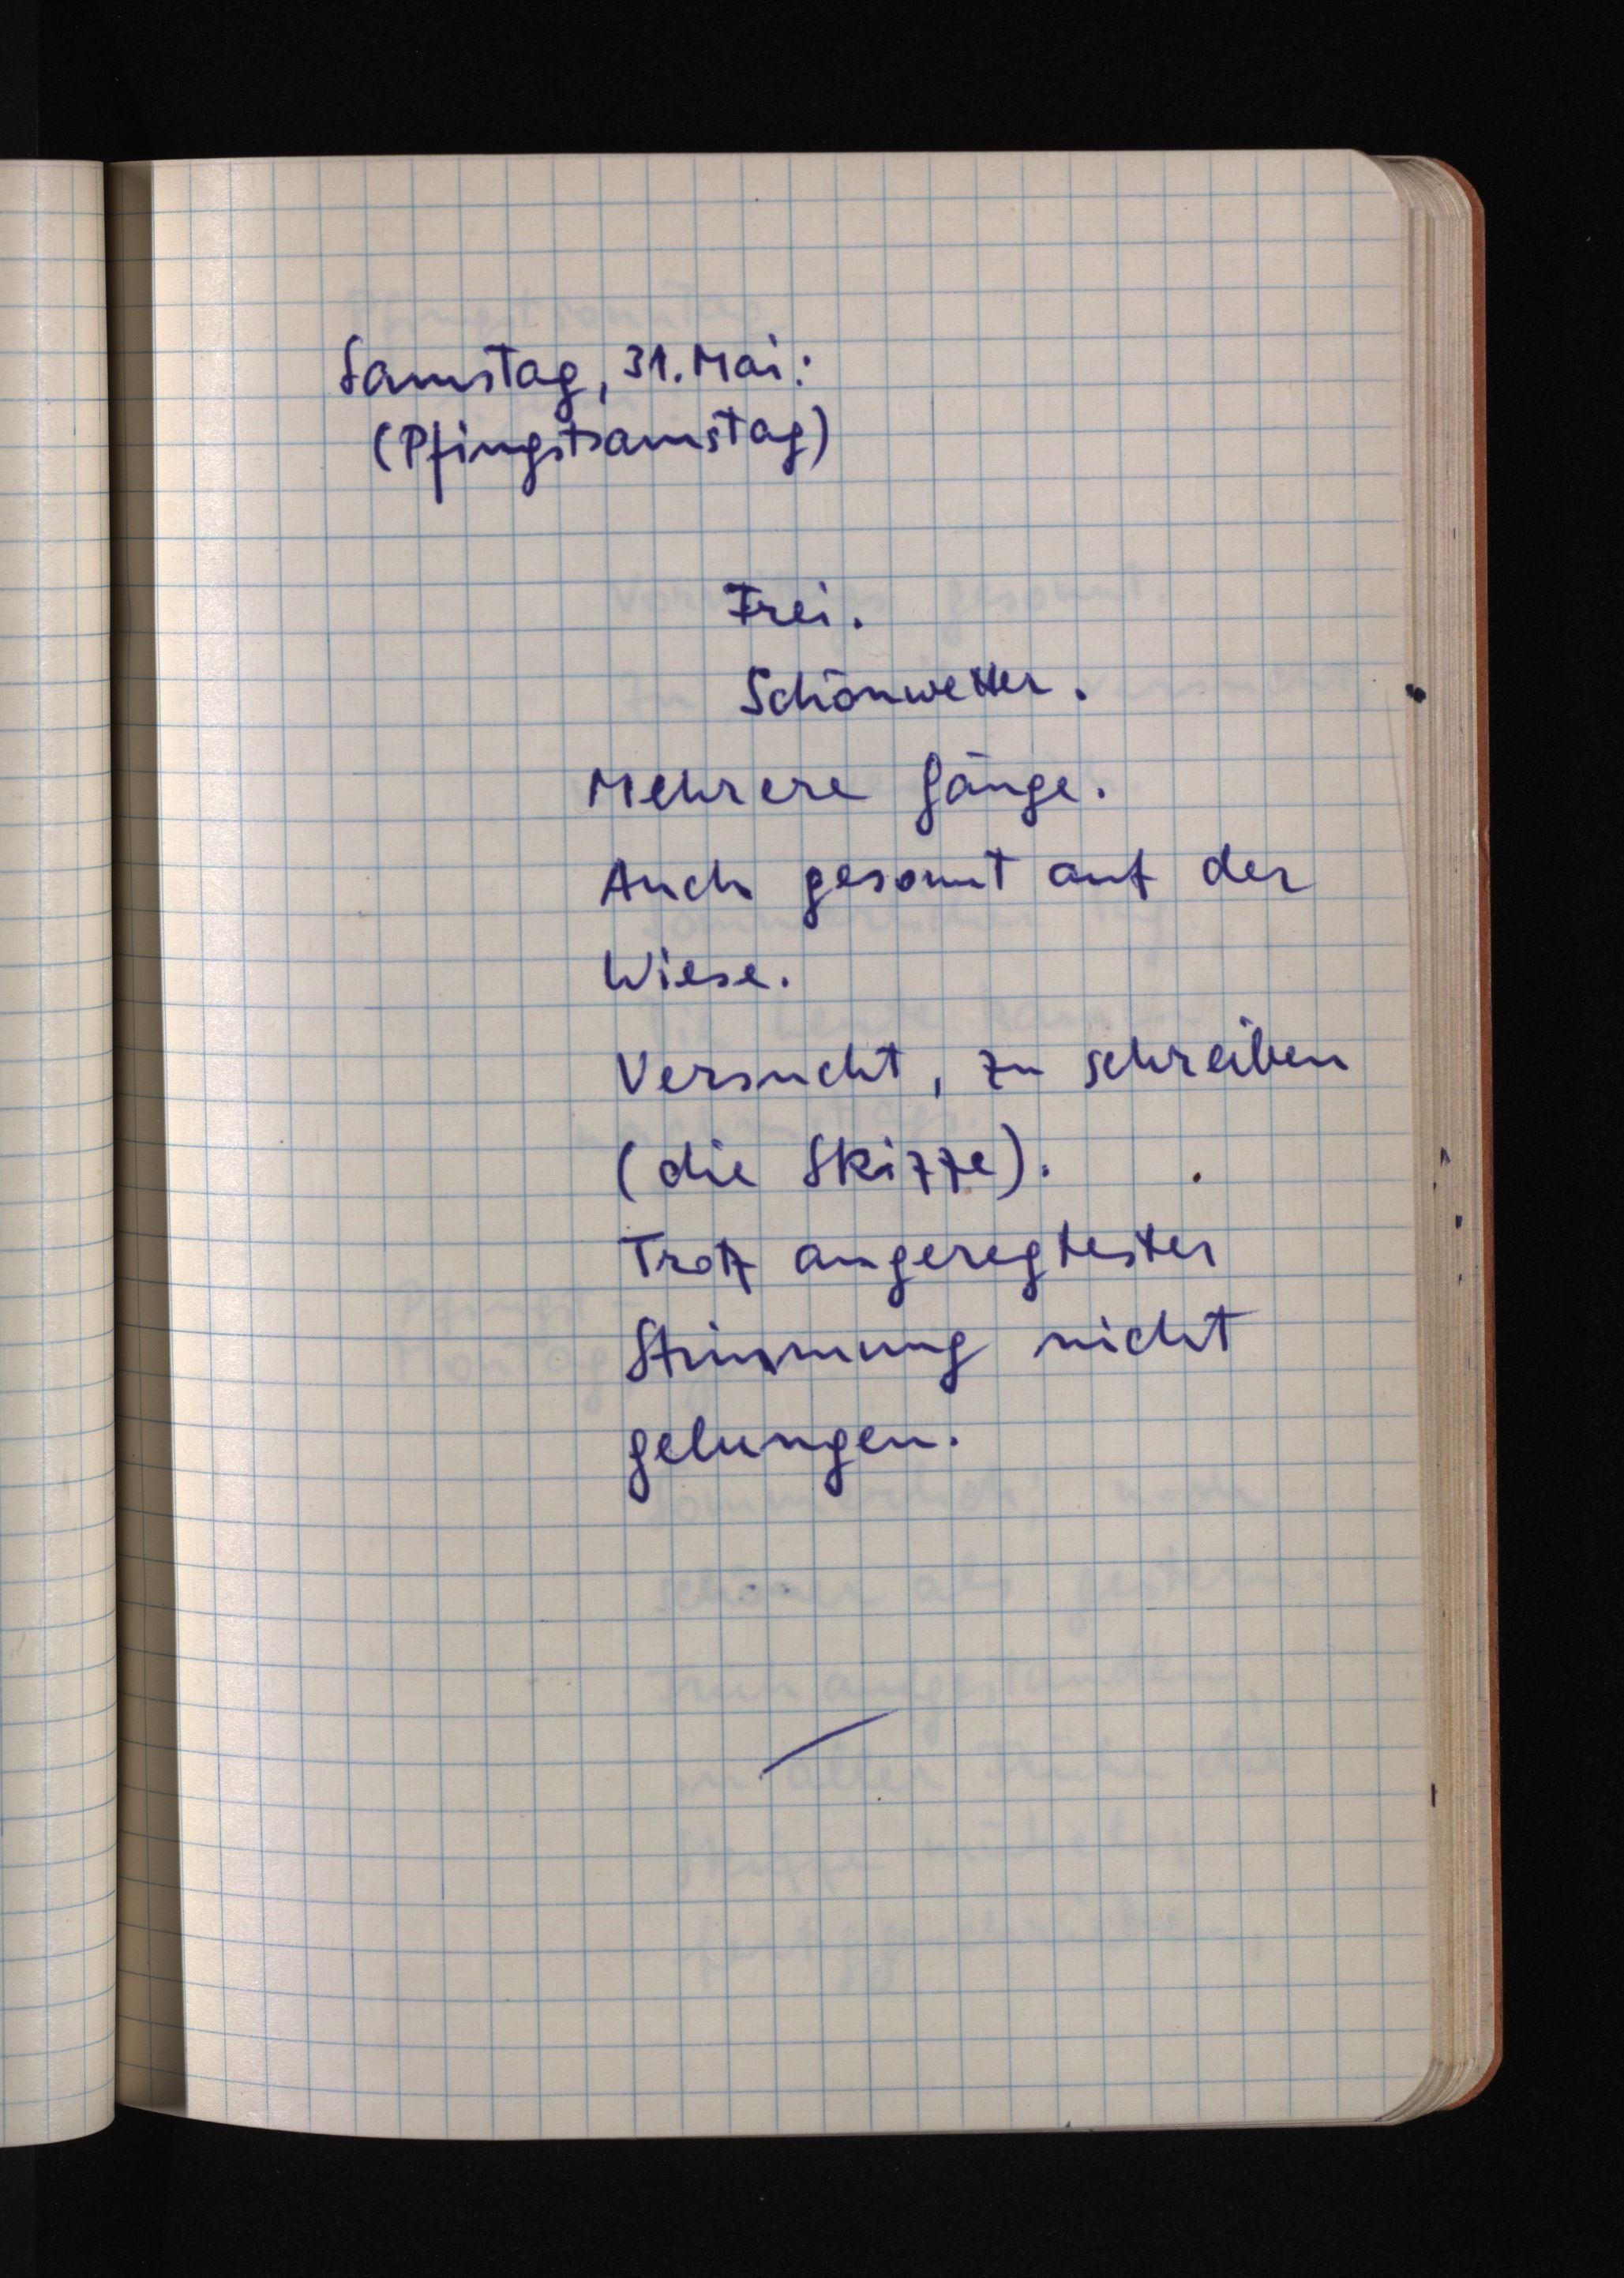
Samstag, 31. Mai:
(Pfingstsamstag)
Frei.
Schönwetter.
Mehrere Gänge.
Auch gesonnt auf der
Wiese.
Versucht, zu schreiben
(die Skizze).
Trotz angeregtester
Stimmung nicht
gelungen.